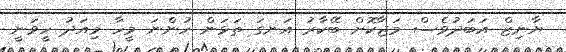
ޔާނިޒް އަބަދުވެސް މަޖާކޮށް ބޭކާރު އަނގަ ތަޅަން ހުންނަ މީހާ މިއަދު ހީވަނީ